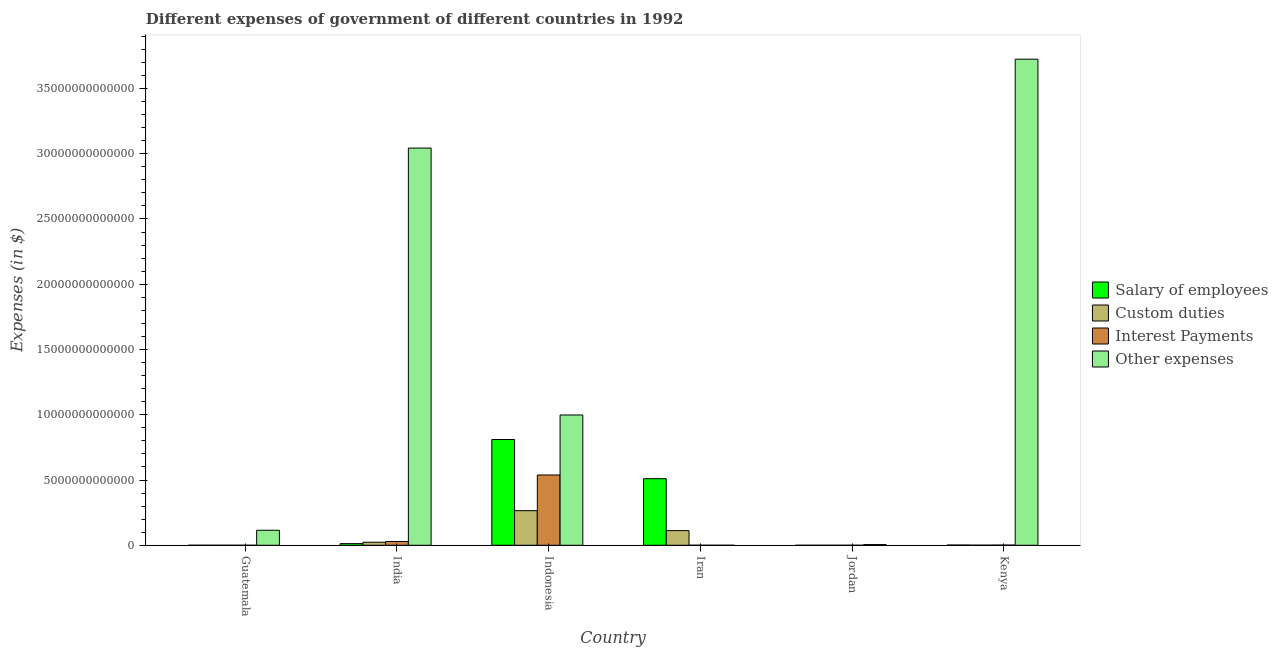
| Country | Salary of employees | Custom duties | Interest Payments | Other expenses |
 | --- | --- | --- | --- | --- |
 | Guatemala | 1.87e+09 | 1.15e+09 | 5.3e+08 | 1.15e+12 |
 | India | 1.26e+11 | 2.33e+11 | 2.91e+11 | 3.04e+13 |
 | Indonesia | 8.1e+12 | 2.65e+12 | 5.39e+12 | 9.98e+12 |
 | Iran | 5.1e+12 | 1.12e+12 | 3e+09 | 8.91e+08 |
 | Jordan | 5.57e+08 | 3.89e+08 | 1.56e+08 | 5.39e+10 |
 | Kenya | 1.91e+10 | 7.74e+09 | 1.49e+10 | 3.72e+13 |